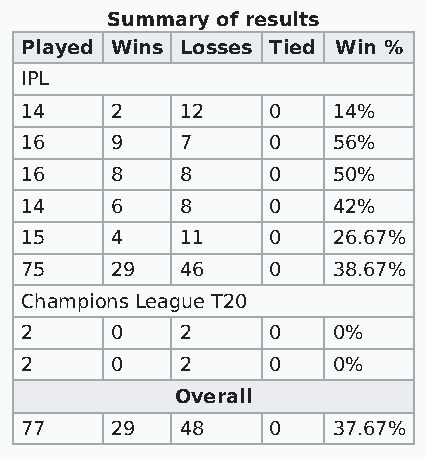
Summary of results
 Played Wins Losses Tied Win %
 IPL
 14    2    12    0   14%
 16    9    7     0   56%
 16    8    8     0   50%
 14    6    8     0   42%
 15    4    11    0   26.67%
 75    29   46    0   38.67%
 Champions League T20
 2     0    2     0   0%
 2     0    2     0   0%
 Overall
 77    29   48    0   37.67%